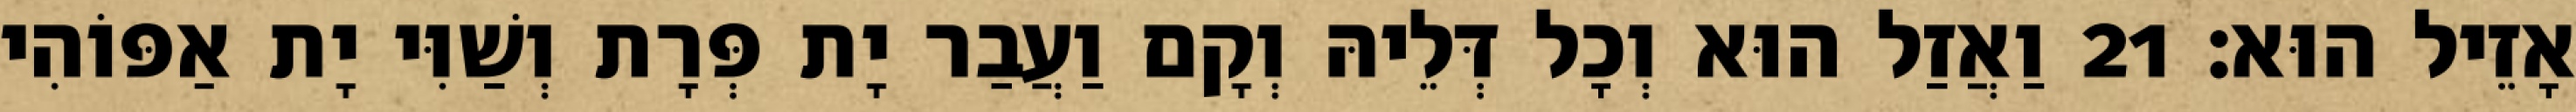
אָזֵיל הוּא׃ 21 וַאֲזַל הוּא וְכָל דְּלֵיהּ וְקָם וַעֲבַר יָת פְּרָת וְשַׁוִּי יָת אַפּוֹהִי